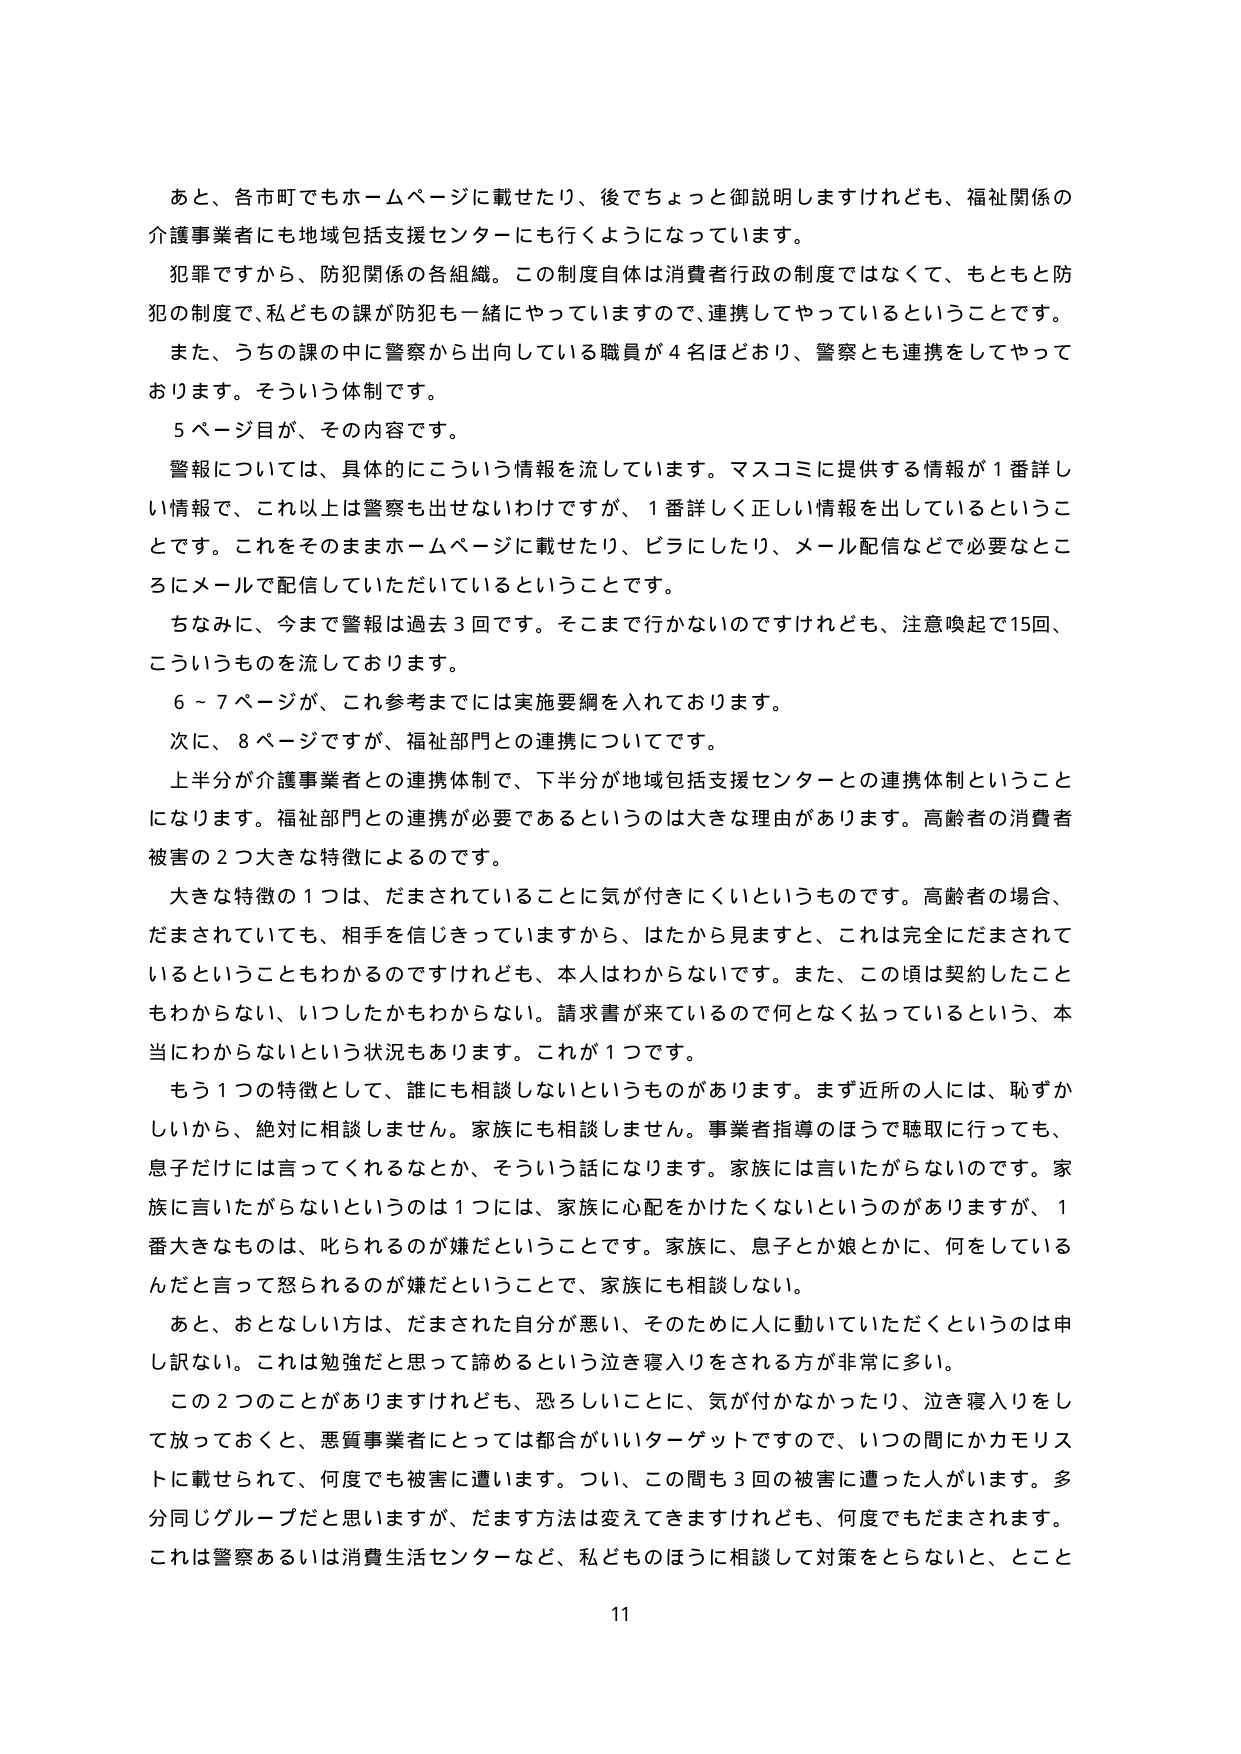
あと、各市町でもホームページに載せたり、後でちょっと御説明しますけれども、福祉関係の介護事業者にも地域包括支援センターにも行くようになっています。

犯罪ですから、防犯関係の各組織。この制度自体は消費者行政の制度ではなくて、もともと防犯の制度で、私どもの課が防犯も一緒にやっていますので、連携してやっているということです。

また、うちの課の中に警察から出向している職員が４名ほどおり、警察とも連携をしてやっております。そういう体制です。

５ページ目が、その内容です。

警報については、具体的にこういう情報を流しています。マスコミに提供する情報が１番詳しい情報で、これ以上は警察も出せないわけですが、１番詳しく正しい情報を出しているということです。これをそのままホームページに載せたり、ビラにしたり、メール配信などで必要なところにメールで配信していただいているということです。

ちなみに、今まで警報は過去３回です。そこまで行かないのですけれども、注意喚起で15回、こういうものを流しております。

６～７ページが、これ参考までには実施要綱を入れております。

次に、８ページですが、福祉部門との連携についてです。

上半分が介護事業者との連携体制で、下半分が地域包括支援センターとの連携体制ということになります。福祉部門との連携が必要であるというのは大きな理由があります。高齢者の消費者被害の２つ大きな特徴によるのです。

大きな特徴の１つは、だまされていることに気が付きにくいというものです。高齢者の場合、だまされていても、相手を信じきっていますから、はたから見ますと、これは完全にだまされているということもわかるのですけれども、本人はわからないです。また、この頃は契約したこともわからない、いつしたかもわからない。請求書が来ているので何となく払っているという、本当にわからないという状況もあります。これが１つです。

もう１つの特徴として、誰にも相談しないということがあります。まず近所の人には、恥ずかしいから、絶対に相談しません。家族にも相談しません。事業者指導のほうで聴取に行っても、息子だけには言ってくれるなどか、そういう話になります。家族には言いたがらないのです。家族に言いたがらないというのは１つには、家族に心配をかけたくないというのがありますが、１番大きなものは、叱られるのが嫌だということです。家族に、息子とか娘とかに、何をしているんだと言って怒られるのが嫌だということで、家族にも相談しない。

あと、おとなしい方は、だまされた自分が悪い、そのために人に動いていただくというのは申し訳ない。これは勉強だと思って諦めるという泣き寝入りをされる方が非常に多い。

この２つのことがありますけれども、恐ろしいことに、気が付かなかったり、泣き寝入りをして放っておくと、悪質事業者にとっては都合がいいターゲットですので、いつの間にかカモリストに載せられて、何度でも被害に遭います。つい、この間も３回の被害に遭った人がいます。多分同じグループだと思いますが、だます方法は変えてきますけれども、何度でもだまされます。これは警察あるいは消費生活センターなど、私どものほうに相談して対策をとらないと、とこと

11